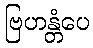
ဗြဟန္တံပေ